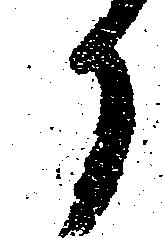
候